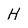
Character: H